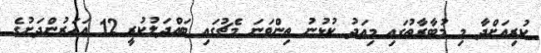
ކުރިއަށްދާ މި މުބާރާތުގައި މިއަދު ކުޅުނު ތިންވަނަ މެޗުގައި ބައްދަލުކުރީ 12 އަހަރުންދަށުގެ